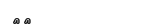
٧٧